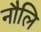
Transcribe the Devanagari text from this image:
नौलि